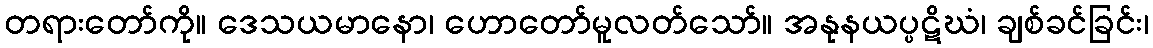
တရားတော်ကို။ ဒေသယမာနော၊ ဟောတော်မူလတ်သော်။ အနုနယပ္ပဋိဃံ၊ ချစ်ခင်ခြင်း၊